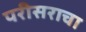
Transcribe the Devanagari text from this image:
परीसराचा